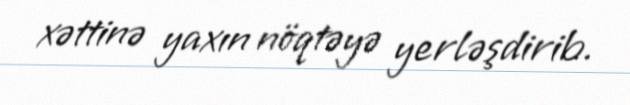
xəttinə yaxın nöqtəyə yerləşdirib.